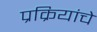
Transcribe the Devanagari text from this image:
प्रक्रियांचे